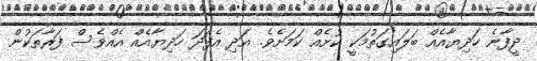
ދީފާނެ ހަދިޔާއެއް ބަލައިގަތުމަކީ ކުށެއް ކަމަށެވެ. އަދި އެފަދަ ހަދިޔާއެއް އެއްވެސް ފަރާތަކުން